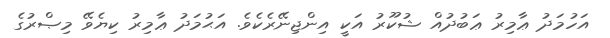
އަހުމަދު ޢާމިރު ޢަބުދުއް ޝުކޫރު އަކީ އިންޖިނޭރެކެވެ. އަޙުމަދު ޢާމިރު ކިޔެވޭ މިޞްރުގެ